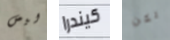
ليس كيندرا لكن